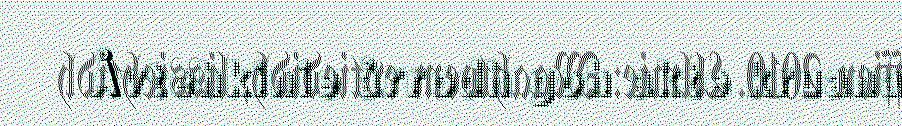
Åvtehkinie årrodh goh akte kruana